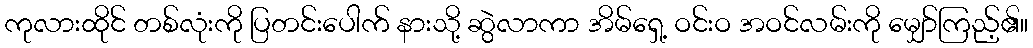
ကုလားထိုင် တစ်လုံးကို ပြတင်းပေါက် နားသို့ ဆွဲလာကာ အိမ်ရှေ့ ဝင်းဝ အဝင်လမ်းကို မျှော်ကြည့်၏။